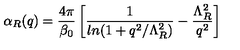
\alpha _ { R } ( q ) = \frac { 4 \pi } { \beta _ { 0 } } \left[ \frac { 1 } { l n ( 1 + q ^ { 2 } / \Lambda _ { R } ^ { 2 } ) } - \frac { \Lambda _ { R } ^ { 2 } } { q ^ { 2 } } \right]